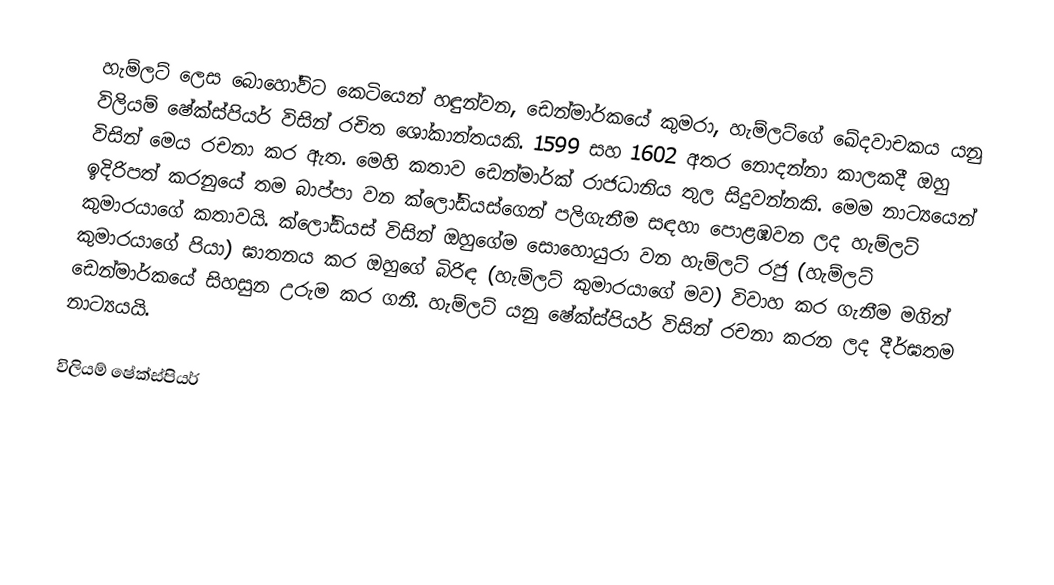
හැම්ලට් ලෙස බොහෝවිට කෙටියෙන් හඳුන්වන, ඩෙන්මාර්කයේ කුමරා, හැම්ලට්ගේ ඛේදවාචකය යනු විලියම් ෂේක්ස්පියර් විසින් රචිත ශෝකාන්තයකි. 1599 සහ 1602 අතර නොදන්නා කාලකදී ඔහු විසින් මෙය රචනා කර ඇත. මෙහි කතාව ඩෙන්මාර්ක් රාජධානිය තුල සිදුවන්නකි. මෙම නාට්‍යයෙන් ඉදිරිපත් කරනුයේ තම බාප්පා වන ක්ලෝඩියස්ගෙන් පලිගැනීම සඳහා පොළඹවන ලද හැම්ලට් කුමාරයාගේ කතාවයි. ක්ලෝඩියස් විසින් ඔහුගේම සොහොයුරා වන හැම්ලට් රජු (හැම්ලට් කුමාරයාගේ පියා) ඝාතනය කර ඔහුගේ බිරිඳ (හැම්ලට් කුමාරයාගේ මව) විවාහ කර ගැනීම මගින් ඩෙන්මාර්කයේ සිහසුන උරුම කර ගනී. හැම්ලට් යනු ෂේක්ස්පියර් විසින් රචනා කරන ලද දීර්ඝතම නාට්‍යයයි.

විලියම් ෂේක්ස්පියර්